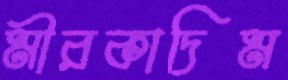
মীরকাদিম